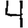
Digit: 4